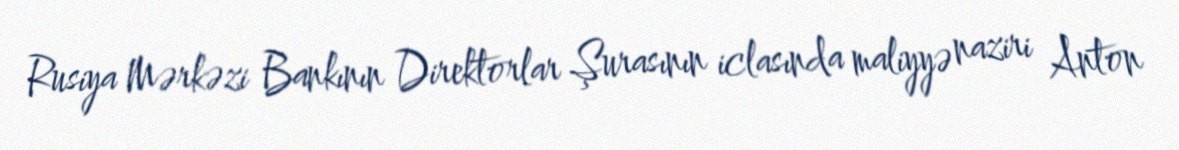
Rusiya Mərkəzi Bankının Direktorlar Şurasının iclasında maliyyə naziri Anton